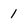
Character: 1